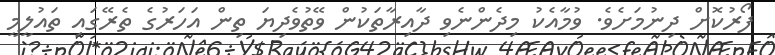
ފޯރުކޮށް ދިނުމަށެވެ. ވުމާއެކު މިދެންނެވި ދާއިރާތަކުން ވޭތުވެދިޔަ ތިން އަހަރުގެ ތެރޭގައި ތައުލީމީ